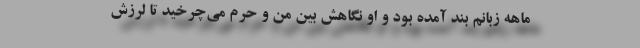
ماهه زبانم بند آمده بود و او نگاهش بین من و حرم می‌چرخید تا لرزش